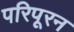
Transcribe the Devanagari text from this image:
परिपूरन